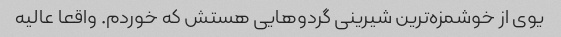
یوی از خوشمزه‌ترین شیرینی گردوهایی هستش که خوردم. واقعا عالیه